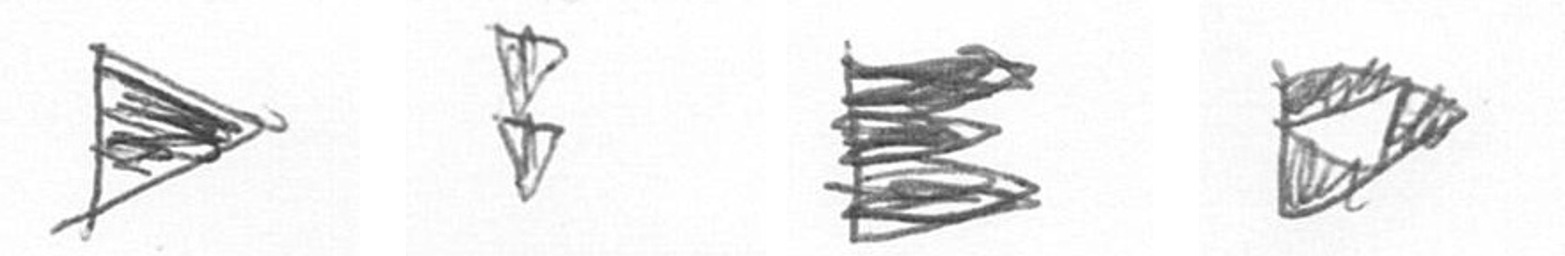
T Z H K